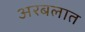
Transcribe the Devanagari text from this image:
अरबलात